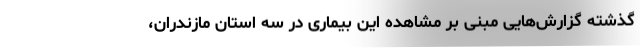
گذشته گزارش‌هایی مبنی بر مشاهده این بیماری در سه استان مازندران،